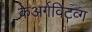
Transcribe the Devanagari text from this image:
केअर्गविंटव्ग